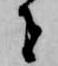
者